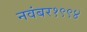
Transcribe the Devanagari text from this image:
नवंबर१९९४